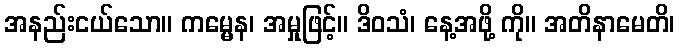
အနည်းငယ်သော။ ကမ္မေန၊ အမှုဖြင့်။ ဒိဝသံ၊ နေ့အဖို့ ကို။ အတိနာမေတိ၊